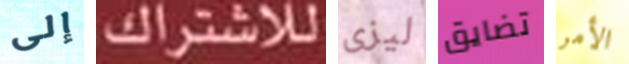
إلى للاشتراك ليزى تضايق الأمر